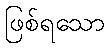
ဖြစ်ရသော